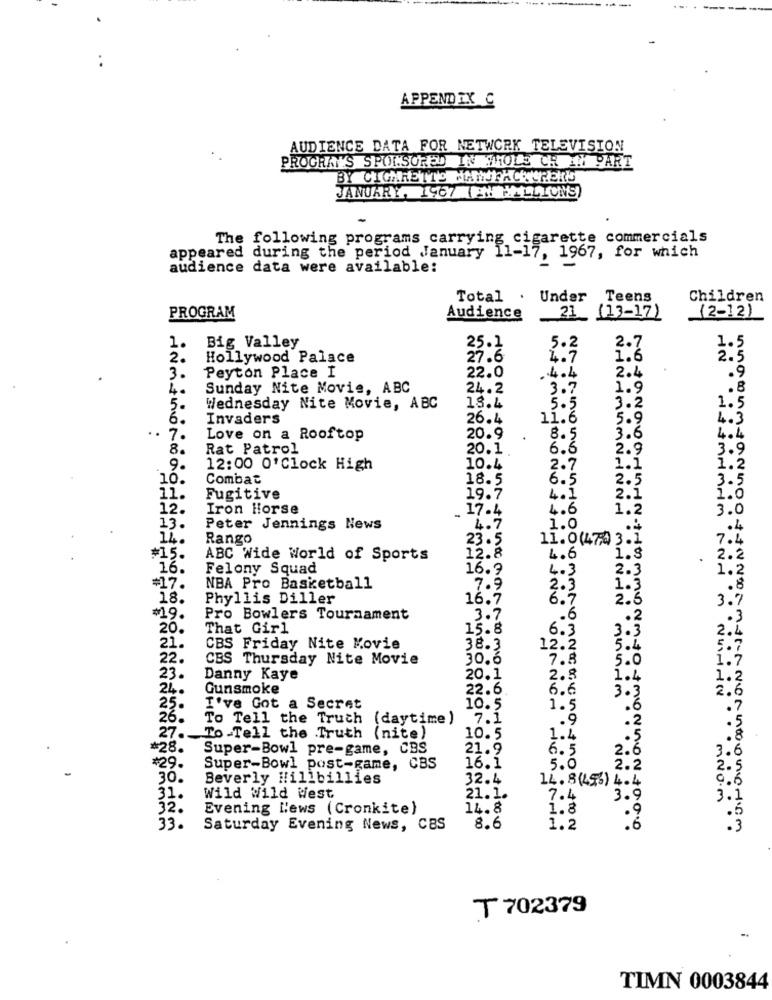
APPEND IX C
AUDIENCE DATA FOR NETWORK TELEVISION
PROGRAMS SPONSORED IN WHOLE OR IN PART
BY CIGARETTS NANTHCOCHERS
JANUARY, 1967 ( EN MILLIONS)
The following programs carrying cigarette commercials
appeared during the period January 11-17
1967, for which
audience data were available:
Total . Under Teens
Children
21 (13-17)
(2-12)
PROGRAM
Audience
1.
Big Valley
25.1
5.2
2.7
1.5
2.
Hollywood Palace
27.6
4.7
1.6
2.5
Peyton Place I
.9
3.
22.0
.4.4
2.4
4.
Sunday Nite Movie, ABC
24.2
3.7
1.9
.8
5.
Wednesday Nite Movie, ABC
18.4
5.5
3.2
1.5
6.
Invaders
26.4
11.6
5.9
4.3
7.
Love on a Rooftop
20.9
8.5
3.6
4.4
8.
Rat Patrol
20.1
6.5
2.9
InmN
3.9
9.
12:00 0'Clock High
10.4
2.7
1.1
1.2
10.
Combat
18.5
6.5
2.5
3.5
11.
Fugitive
19.7
4.1
2.1
1.0
12.
Iron Horse
17.4
4.6
1.2
3.0
13.
Peter Jennings News
4.7
1.0
.4
14.
Rango
23.5
11.0(470 3.1
7.4
#15.
1.8
ABC Wide World of Sports
12.8
4.6
2.2
16.
Felony Squad
16.9
4.3
2.3
1.2
=17.
NBA Pro Basketball
7.9
2.3
1.3
.8
18.
Phyllis Diller
16.7
6.7
2.3
3.7
¥19.
Pro Bowlers Tournament
3.7
.6
.. 2
.3
20.
That Girl
15.8
6.3
3.3
2.4
21.
CBS Friday Nite Movie
38.3
12.2
5.4
5.7
22.
CBS Thursday Nite Movie
30.6
7.8
5.0
1.7
23.
Danny Kaye
20.1
2.8
1.4
1.2
24.
Gunsmoke
22.6
6.6
3.3
2.6
25.
I've Got a Secret
10.5
1.5
.6
.7
26.
To Tell the Truth (daytime)
7.1
.
.2
27 .-
To Tell the Truth (nite)
10.5
1.4
.5
#28.
Super-Bowl pre-game, CBS
21.9
6.5
2.6
3.
#29.
Super-Bowl post-game, CBS
16.1
5.0
2.2
2.5
30.
Beverly Hillbillies
32.4
14. 8(453) 4.4
9.6
31.
Wild Wild West
21.1.
7.4
3.9
3.1
32.
Evening News (Cronkite)
14.8
1.8
.9
33.
Saturday Evening News, CBS
8.6
1.2
.6
T 702379
TIMN 0003844